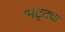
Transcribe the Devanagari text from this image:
भट्‌ट्या